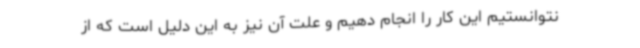
نتوانستیم این کار را انجام دهیم و علت آن نیز به این دلیل است که از